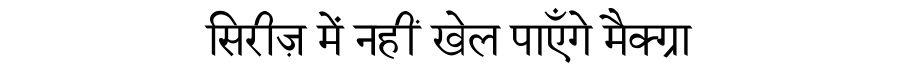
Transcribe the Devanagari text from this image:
सिरीज़ में नहीं खेल पाएँगे मैक्ग्रा